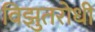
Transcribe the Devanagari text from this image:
विझुतरोधी